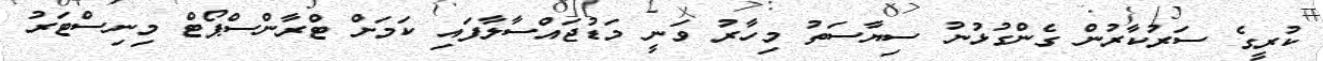
ކުރީގެ ސަރުކާރުން ގެންގުޅުނު ސިޔާސަތު މިހާރު ވަނީ މަޑުޖައްސާލާފައި ކަމަށް ޓްރާންސްޕޯޓް މިނިސްޓަރު